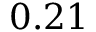
0 . 2 1